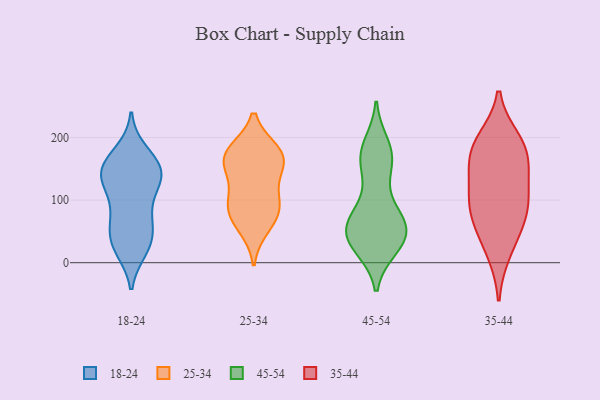
{"axis": {"x": "Temperature (°C)", "y": "Value"}, "legend": ["18-24", "25-34", "35-44", "45-54"], "data": [{"x": "", "y": 131, "type": "18-24"}, {"x": "", "y": 166, "type": "18-24"}, {"x": "", "y": 22, "type": "18-24"}, {"x": "", "y": 177, "type": "18-24"}, {"x": "", "y": 21, "type": "18-24"}, {"x": "", "y": 159, "type": "18-24"}, {"x": "", "y": 30, "type": "18-24"}, {"x": "", "y": 104, "type": "18-24"}, {"x": "", "y": 149, "type": "18-24"}, {"x": "", "y": 68, "type": "18-24"}, {"x": "", "y": 72, "type": "18-24"}, {"x": "", "y": 153, "type": "18-24"}, {"x": "", "y": 47, "type": "18-24"}, {"x": "", "y": 135, "type": "18-24"}, {"x": "", "y": 142, "type": "18-24"}, {"x": "", "y": 35, "type": "18-24"}, {"x": "", "y": 73, "type": "18-24"}, {"x": "", "y": 132, "type": "18-24"}, {"x": "", "y": 128, "type": "18-24"}, {"x": "", "y": 174, "type": "25-34"}, {"x": "", "y": 114, "type": "25-34"}, {"x": "", "y": 177, "type": "25-34"}, {"x": "", "y": 162, "type": "25-34"}, {"x": "", "y": 170, "type": "25-34"}, {"x": "", "y": 153, "type": "25-34"}, {"x": "", "y": 95, "type": "25-34"}, {"x": "", "y": 57, "type": "25-34"}, {"x": "", "y": 80, "type": "25-34"}, {"x": "", "y": 82, "type": "25-34"}, {"x": "", "y": 46, "type": "45-54"}, {"x": "", "y": 24, "type": "45-54"}, {"x": "", "y": 170, "type": "45-54"}, {"x": "", "y": 53, "type": "45-54"}, {"x": "", "y": 66, "type": "45-54"}, {"x": "", "y": 65, "type": "45-54"}, {"x": "", "y": 58, "type": "45-54"}, {"x": "", "y": 81, "type": "45-54"}, {"x": "", "y": 160, "type": "45-54"}, {"x": "", "y": 50, "type": "45-54"}, {"x": "", "y": 27, "type": "45-54"}, {"x": "", "y": 44, "type": "45-54"}, {"x": "", "y": 31, "type": "45-54"}, {"x": "", "y": 188, "type": "45-54"}, {"x": "", "y": 159, "type": "45-54"}, {"x": "", "y": 26, "type": "45-54"}, {"x": "", "y": 166, "type": "45-54"}, {"x": "", "y": 184, "type": "45-54"}, {"x": "", "y": 73, "type": "45-54"}, {"x": "", "y": 116, "type": "45-54"}, {"x": "", "y": 194, "type": "35-44"}, {"x": "", "y": 19, "type": "35-44"}, {"x": "", "y": 54, "type": "35-44"}, {"x": "", "y": 92, "type": "35-44"}, {"x": "", "y": 80, "type": "35-44"}, {"x": "", "y": 161, "type": "35-44"}, {"x": "", "y": 129, "type": "35-44"}, {"x": "", "y": 184, "type": "35-44"}, {"x": "", "y": 174, "type": "35-44"}, {"x": "", "y": 99, "type": "35-44"}]}